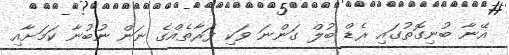
އޭނާ ބުނިގޮތުގައި ރެޑް ބުލް ގަންނަ ވަކި ފަރާތެއްގެ ނަން ނުބުނާ ކަމަށާއި